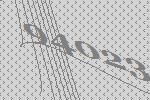
94023